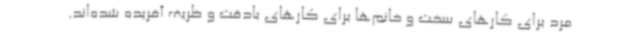
مرد برای کارهای سخت و خانم‌ها برای کارهای بادقت و ظریف آفریده شده‌اند.